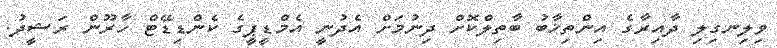
ވިލިނގިލި ދާއިރާގެ އިންތިޚާބު ބާތިލްކޮށް ދިނުމަށް އެދުނީ އެމްޑީޕީގެ ކެންޑިޑޭޓް ހާރޫން ރަޝީދު.